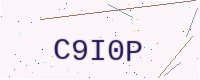
Text: C9I0P